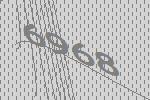
6968